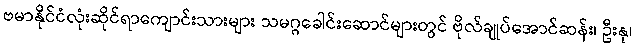
ဗမာနိုင်ငံလုံးဆိုင်ရာကျောင်းသားများ သမဂ္ဂခေါင်းဆောင်များတွင် ဗိုလ်ချုပ်အောင်ဆန်း၊ ဦးနု၊